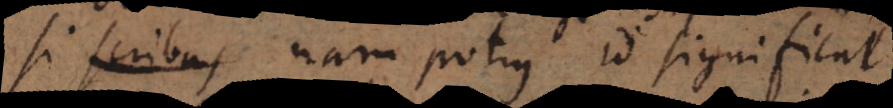
discrimen, nam potius id significat